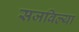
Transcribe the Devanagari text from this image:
सजविल्या